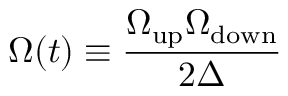
\Omega ( t ) \equiv \frac { \Omega _ { \mathrm { u p } } \Omega _ { \mathrm { d o w n } } } { 2 \Delta }